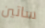
ساتين